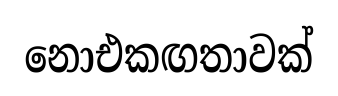
නොඑකඟතාවක්